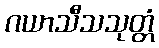
ဂယာသီသသုတ္တံ